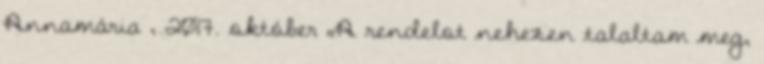
Annamária , 2017. október „A rendelot nehezen talaltam meg,